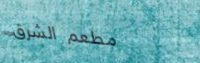
مطعم الشرق